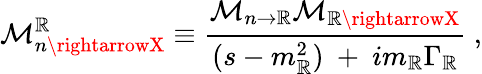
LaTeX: {\cal{M}}_{n\rightarrowX}^{\mathbb{R}}\equiv{\displaystyle\frac{{{\cal{M}}_{n\rightarrow\mathbb{R}}{\cal{M}}_{\mathbb{R}\rightarrowX}}}{{(s-m_{\mathbb{R}}^{2})\ +\ im_{\mathbb{R}}\Gamma_{\mathbb{R}}}}}\ ,